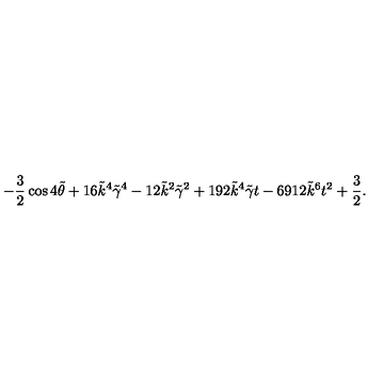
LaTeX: - { \frac { 3 } { 2 } } \cos { 4 \tilde { \theta } } + 1 6 \tilde { k } ^ { 4 } \tilde { \gamma } ^ { 4 } - 1 2 \tilde { k } ^ { 2 } \tilde { \gamma } ^ { 2 } + 1 9 2 \tilde { k } ^ { 4 } \tilde { \gamma } t - 6 9 1 2 \tilde { k } ^ { 6 } t ^ { 2 } + { \frac { 3 } { 2 } } .